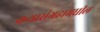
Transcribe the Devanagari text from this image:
कथासंग्रहामधील